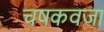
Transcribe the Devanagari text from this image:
चषकवजा